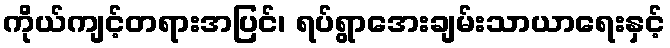
ကိုယ်ကျင့်တရားအပြင်၊ ရပ်ရွာအေးချမ်းသာယာရေးနှင့်